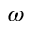
\omega